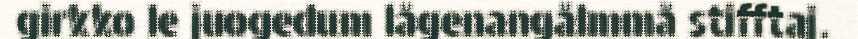
girkko le juogedum lågenangålmmå stifftaj.